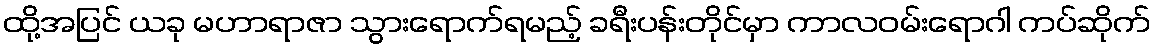
ထို့အပြင် ယခု မဟာရာဇာ သွားရောက်ရမည့် ခရီးပန်းတိုင်မှာ ကာလဝမ်းရောဂါ ကပ်ဆိုက်